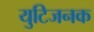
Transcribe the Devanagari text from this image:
युटिजनक